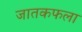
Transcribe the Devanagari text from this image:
जातकफला